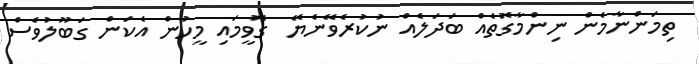
ތިމަންނާމެން ނިންމާގޮތެއް ބަދަލެއް ނުކުރެވޭނެޔޭ  ގޮވީމައި މީހުން އެކަން ގަބޫލުވެސް